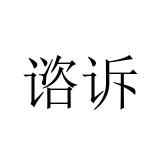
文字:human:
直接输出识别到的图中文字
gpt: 谘诉